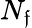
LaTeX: N_{\mathfrak{f}}